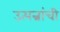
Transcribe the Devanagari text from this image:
उत्पन्नांची